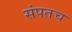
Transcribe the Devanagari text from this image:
संपतच